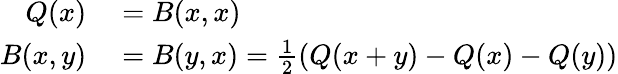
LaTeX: \begin{array}{rl}{Q(x)}&{{}=B(x,x)}\\ {B(x,y)}&{{}=B(y,x)={\frac{1}{2}}(Q(x+y)-Q(x)-Q(y))}\end{array}